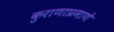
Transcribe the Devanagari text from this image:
कुराणाप्रमाणे